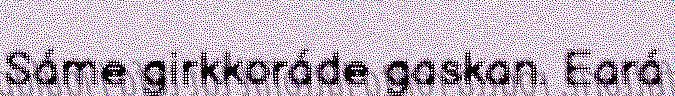
Sáme girkkoráde gaskan. Eará